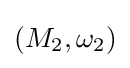
(M_{2},\omega _{2})